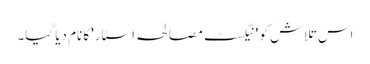
اس تلاش کو 'نیکسٹ مصالحہ اسٹار' کا نام دیا گیا۔